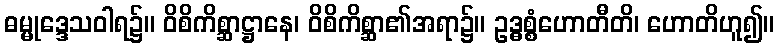
ဓမ္မုဒ္ဒေသဝါရ၌။ ဝိစိကိစ္ဆာဋ္ဌာနေ၊ ဝိစိကိစ္ဆာ၏အရာ၌။ ဥဒ္ဓစ္စံဟောတီတိ၊ ဟောတိဟူ၍။